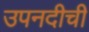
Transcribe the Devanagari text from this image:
उपनदीची